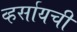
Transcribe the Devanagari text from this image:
व्हर्सायची